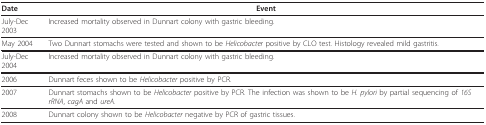
| Date | Event |
 | --- | --- |
 | July-Dec 2003 | Increased mortality observed in Dunnart colony with gastric bleeding. |
 | May 2004 | Two Dunnart stomachs were tested and shown to be Helicobacter positive by CLO test. Histology revealed mild gastritis. |
 | July-Dec 2004 | Increased mortality observed in Dunnart colony with gastric bleeding. |
 | 2006 | Dunnart feces shown to be Helicobacter positive by PCR. |
 | 2007 | Dunnart stomachs shown to be Helicobacter positive by PCR. The infection was shown to be H. pylori by partial sequencing of 16S rRNA, cagA and ureA. |
 | 2008 | Dunnart colony shown to be Helicobacter negative by PCR of gastric tissues. |